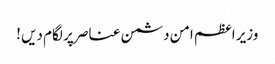
وزیر اعظم امن دشمن عناصر پر لگام دیں !